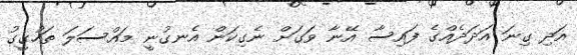
އަދި ގިނަ އަދަދެއްގެ ފައިސާ އޭނާ ވަގަށް ނެގިކަން އެނގުނީ މައްސަލަ ތަހުގީގު